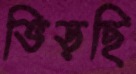
ভিড়ছি